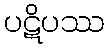
ပဋိပဿ